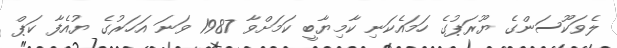
ލެވަކޫސަންގެ ޔޫރަޕުގެ ހަމައެކަނި ކާމިޔާބީ ކަމަށްވާ 1987 ވަނަ އަހަރުގެ ޔުއެފާ ކަޕް